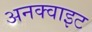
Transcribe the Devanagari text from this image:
अनक्वाइट